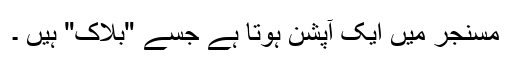
مسنجر میں ایک آپشن ہوتا ہے جسے "بلاک" ہیں ۔